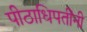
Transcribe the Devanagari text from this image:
पीठाधिपतींनी